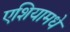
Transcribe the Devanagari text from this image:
एशियामधे